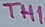
Text: TH1